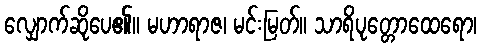
လျှောက်ဆိုပေ၏။ မဟာရာဇ၊ မင်းမြတ်။ သာရိပုတ္တောထေရော၊